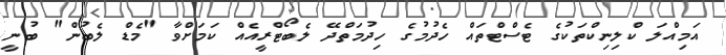
އަމިއްލަ ކްލިނިކްތަކުގެ ޓެސްޓްތައް ހެދުމުގެ ހިދުމަތްދޭ ލެބޯޓްރީއެއް ކަމަށްވާ "މެޑް ލެބުން" ބުނީ